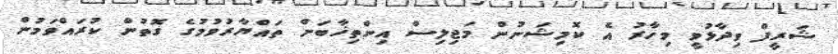
ޝަރީފް ވިދާޅުވީ މިހާރު އެ ކޮމިޝަނުން މަޖިލިސް އިންތިޚާބަށް ތައްޔާރުވުމުގެ ގޮތުން ކުރައްވަމުން